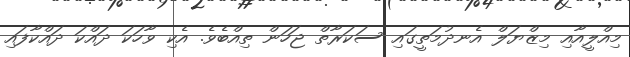
މިއްލީއާއި މިޒްޔަލް އެނދުމަތީގައި ސަކަރާތް ޖަހަން ތިއްބެވެ. އެކި ވާހަކަ ދައްކަ ދައްކާފައި